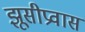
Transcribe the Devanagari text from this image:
झूसीप्रवास